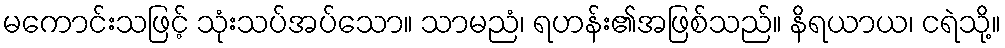
မကောင်းသဖြင့် သုံးသပ်အပ်သော။ သာမညံ၊ ရဟန်း၏အဖြစ်သည်။ နိရယာယ၊ ငရဲသို့။